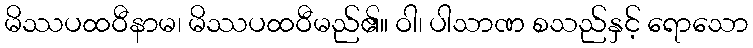
မိဿပထဝီနာမ၊ မိဿပထဝီမည်၏။ ဝါ၊ ပါသာဏ စသည်နှင့် ရောသော